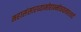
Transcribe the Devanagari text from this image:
महासंसारव्यामोहान्मोचयत्याश्‍वयं